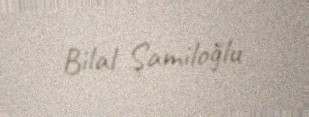
Bilal Şamiloğlu